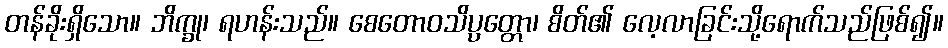
တန်ခိုးရှိသော။ ဘိက္ခု၊ ရဟန်းသည်။ စေတောဝသိပ္ပတ္တော၊ စိတ်၏ လေ့လာခြင်းသို့ရောက်သည်ဖြစ်၍။